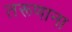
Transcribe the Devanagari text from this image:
तरूणाना